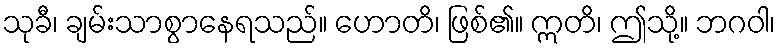
သုခီ၊ ချမ်းသာစွာနေရသည်။ ဟောတိ၊ ဖြစ်၏။ ဣတိ၊ ဤသို့။ ဘဂဝါ၊